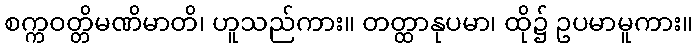
စက္ကဝတ္တိမဏိမာတိ၊ ဟူသည်ကား။ တတ္ထာနုပမာ၊ ထို၌ ဥပမာမူကား။